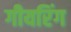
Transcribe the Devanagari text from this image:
गीयरिंग